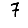
Digit: 7